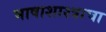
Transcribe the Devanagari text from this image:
भाषाशाश्त्राचा